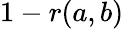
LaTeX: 1-r(a,b)